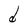
Character: d